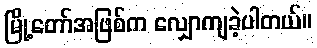
မြို့တော်အဖြစ်က လျှောကျခဲ့ပါတယ်။